Leaving Certificate Examination, 1909
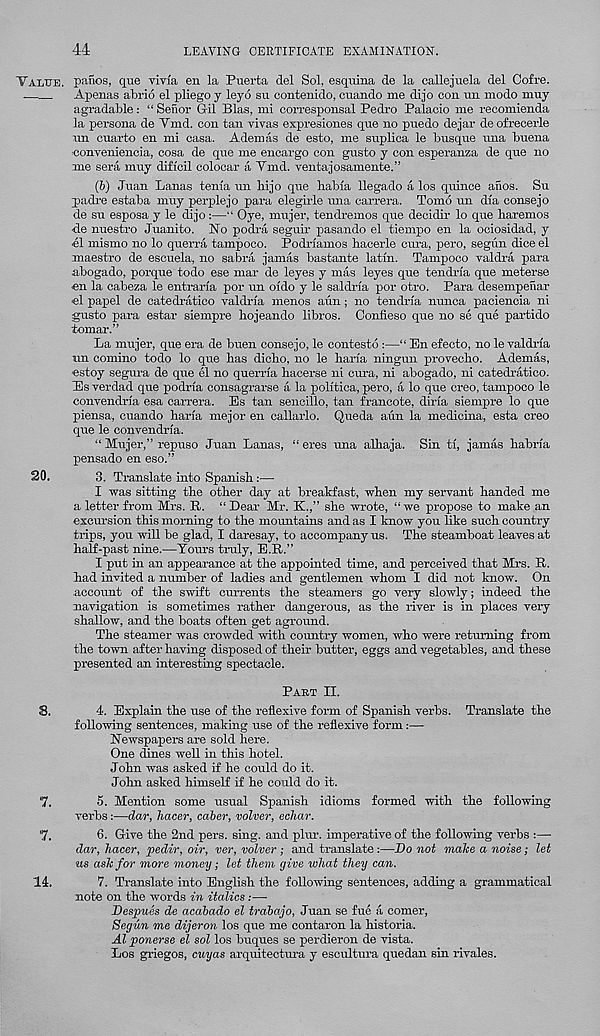
44
LEAVING CERTIFICATE EXAMINATION.
"Valve, panes, que vivia en la Puerta del Sol, esquina de la callejuela del Cofre.
Apenas abrio el pliego y leyo su contenido, cuando me dijo con un modo muy
agradable: “ Senor Gil Bias, mi corresponsal Pedi-o Palacio me recomienda
la persona de Ymd. con tan vivas expresiones que no puedo dejar deofrecerle
un cuarto en mi casa. Adennis de esto, me suplica le busque una buena
eonveniencia, cosa de que me encargo con gusto y con esperanza de qne no
me sera muy dificil colocar a Vmd. ventajosamente.”
(5) Juan Lanas tenia un hijo que Labia llegado a los quince anos. Su
jiadre estaba muy perplejo para elegirle una carrera. Tomo un dla consejo
de su esposa y le dijo:—“ Oye, mujer, tendremos que decidir lo que hai-emos
•de nuestro Juanito. No podra seguir pasando el tiempo en la ociosidad, y
•el mismo no lo querra tampoco. Podrlamos hacerle cura, pero, segun dice el
maestro de escuela, no sabra jamas bastante latln. Tampoco valdra para
•abogado, porque todo ese mar de leyes y mas leyes qne tendrla que meterse
en la cabeza le entrarla por un oldo y le saldrla por otro. Para desempenar
el papel de catedratico valdrla menos aiin; no tendrla nunca paciencia ni
gusto para estar siempre hojeando libros. Confleso que no se que partido
tomar.”
La mujer, que era de buen consejo, le contesto:—“ En efecto, no le valdrla
un comino todo lo que has dicho, no le harla ningun provecho. Ademas,
•estoy segura de qire el no querrla hacerse ni cura, ni abogado, ni catedratico.
Es verdad que podrla consagrarse a la polltica, pero, a lo que creo, tampoco le
convendrla esa can-era. Es tan sencillo, tan francote, dirla siempre lo que
piensa, cuando harla mejor en callarlo. Queda aun la medicina, esta creo
que le convendria.
“ Mujer,” repuso Juan Lanas, “eres una alhaja. Sin tl, jamas habrla
pensado en eso.”
20.
3. Translate into Spanish:—•
I was sitting the other day at breakfast, when my servant handed me
a letter from Mrs. R. “ Dear Mr. K.,” she wrote, “ we propose to make an
excursion this morning to the mountains and as I know you like such country
trips, you will be glad, I daresay, to accompany us. The steamboat leaves at
half-past nine.—Tours truly, E.R.”
I put in an appearance at the appointed time, and perceived that Mrs. R.
had invited a number of ladies and gentlemen whom I did not know. On
.account of the swift currents the steamers go very slowly; indeed the
navigation is sometimes rather dangerous, as the river is in places very
shallow, and the boats often get aground.
The steamer was crowded with country women, who were returning from
the town after having disposed of their butter, eggs and vegetables, and these
presented an interesting spectacle.
Part II.
S.
4. Explain the use of the reflexive form of Spanish verbs. Translate the
following sentences, making use of the reflexive form:—
Newspapers are sold here.
One dines well in this hotel.
John was asked if he could do it.
John asked himself if he could do it.
7.
5. Mention some usual Spanish idioms formed with the following
verbs:—dar, hacer, caber, volver, echar.
7.
6. Give the 2nd pers. sing, and plur. imperative of the following verbs :—
dar, hacer, pedir, oir, ver, volver ; and translate:—Do not make a noise; let
ets ask for more money; let them give what they can.
14.
7. Translate into English the following sentences, adding a grammatical
note on the words in italics :—■
Despues de acabado el trabajo, Juan se fue a comer,
Segun me dijeron los que me contaron la historia.
Al ponerse el sol los buques se perdieron de vista.
Los griegos, cuyas arquitectura y escultura quedan sin rivales.